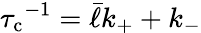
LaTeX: {\tau_{\mathrm{c}}}^{-1}=\bar{\ell}k_{+}+k_{-}